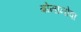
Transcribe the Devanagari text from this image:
बोनानोवा